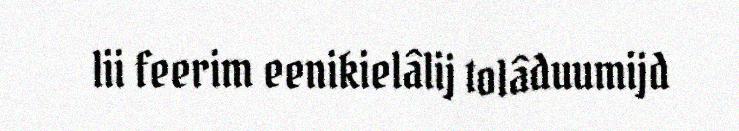
lii feerim eenikielâlij tolâduumijd